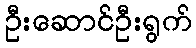
ဦးဆောင်ဦးရွက်